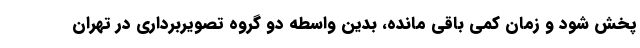
پخش شود و زمان کمی باقی مانده، بدین واسطه دو گروه تصویربرداری در تهران